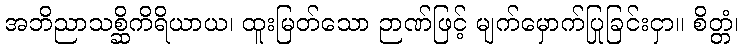
အဘိညာသစ္ဆိကိရိယာယ၊ ထူးမြတ်သော ဉာဏ်ဖြင့် မျက်မှောက်ပြုခြင်းငှာ။ စိတ္တံ၊